Senior Leaving Certificate Examination (including Day School Certificate (Higher) General paper), 1947
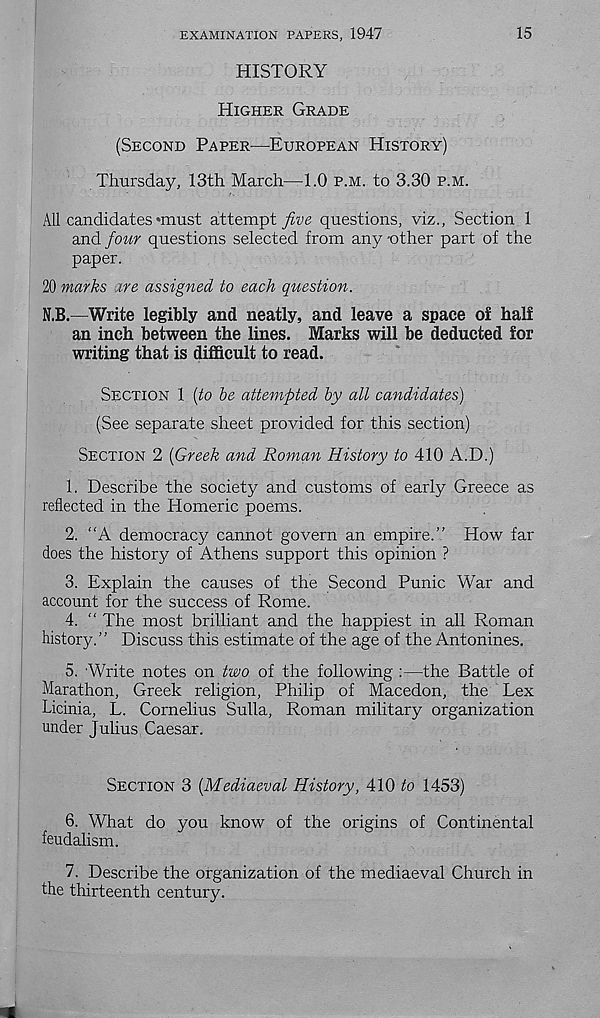
EXAMINATION PAPERS, 1947
15
HISTORY
HIGHER GRADE
(SECOND PAPER—EUROPEAN HISTORY)
Thursday, 13th March—1.0 P.M. to 3.30 P.M.
All candidates •must attempt five questions, viz., Section 1
and four questions selected from any -other part of the
paper.
20 marks ire assigned to each question.
N.B.—Write legibly and neatly, and leave a space of half
an inch between the lines. Marks will be deducted for
writing that is difficult to read.
SECTION 1 [to be attempted by all candidates)
(See separate sheet provided for this section)
SECTION 2 [Greek and Roman History to 410 A.D.)
1. Describe the society and customs of early Greece as
reflected in the Homeric poems.
2. “A democracy cannot govern an empire.” How far
does the history of Athens support this opinion ?
3. Explain the causes of the Second Punic War and
account for the success of Rome.
4. “ The most brilliant and the happiest in all Roman
history.” Discuss this estimate of the age of the Antonines.
5. -Write notes on two of the following :—the Battle of
Marathon, Greek religion, Philip of Macedon, the Lex
Licinia, L. Cornelius Sulla, Roman military organization
under Julius Caesar.
SECTION 3 [Mediaeval History, 410 to 1453)
6. What do you know of the origins of Continental
feudalism.
7. Describe the organization of the mediaeval Church in
the thirteenth century.